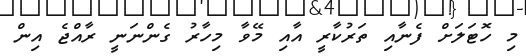
މި ހޮޓަލަށް ފެނާއި ތަރުކާރީ އާއި މޭވާ މިހާރު ގެންނަނީ ރާއްޖެ އިން